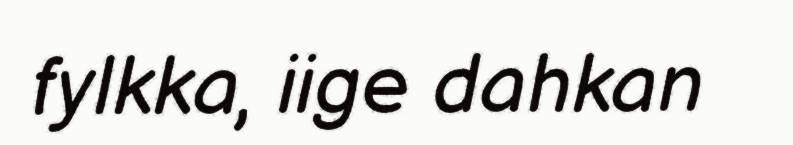
fylkka, iige dahkan